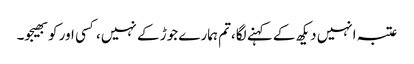
عتبہ انہیں دیکھ کے کہنے لگا،تم ہمارے جوڑ کے نہیں، کسی اور کو بھیجو۔